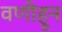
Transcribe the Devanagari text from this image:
वणीहून